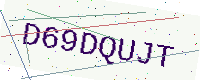
Text: D69DQUJT